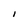
Character: I